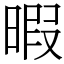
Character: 暇